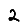
Digit: 2